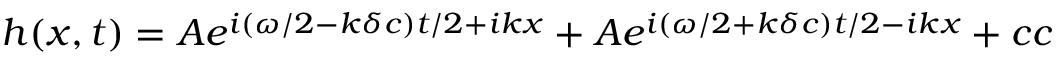
h ( x , t ) = A e ^ { i ( \omega / 2 - k \delta c ) t / 2 + i k x } + A e ^ { i ( \omega / 2 + k \delta c ) t / 2 - i k x } + c c